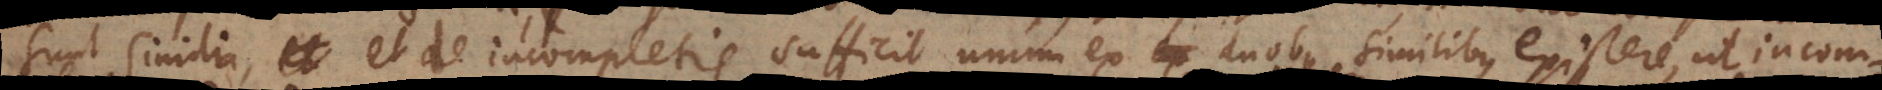
sunt similia, et de incompletis sufficit unum ex duobus similibus existere, ut incomp